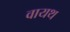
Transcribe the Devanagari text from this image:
वायथ